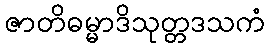
ဇာတိဓမ္မာဒိသုတ္တဒသကံ